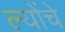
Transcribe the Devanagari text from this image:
ल्योंचे